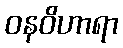
ဝနဝိဟာရာ